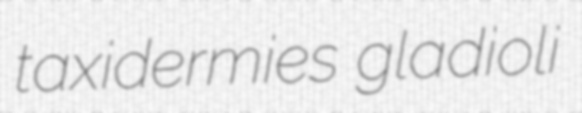
taxidermies gladioli